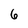
Character: 6